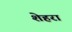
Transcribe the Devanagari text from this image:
शेहरा